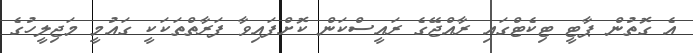
އެ ގޮތުން ޕާޓީ ޓިކެޓްގައި ރާއްޖޭގެ ރައީސްކަން ކޮށްފައިވާ ފަރާތްތަކަކީ ގައުމީ މަޖިލީހުގެ